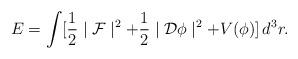
LaTeX: \begin{align*}E=\int [\frac {1}{2} \mid {\cal F} \mid^{2} + \frac {1}{2} \mid {\cal D} \phi\mid ^{2} + V(\phi)]\, d^{3}r.\end{align*}